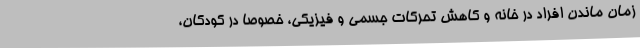
زمان ماندن افراد در خانه و کاهش تحرکات جسمی و فیزیکی، خصوصا در کودکان،